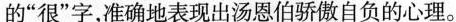
的”很”字，准确地表现出汤恩伯骄傲自负的心理。